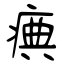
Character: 痶